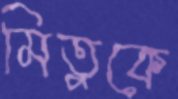
মিতুকে